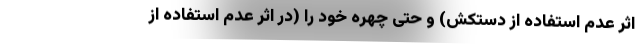
اثر عدم استفاده از دستکش) و حتی چهره خود را (در اثر عدم استفاده از